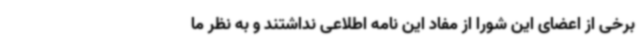
برخی از اعضای این شورا از مفاد این نامه اطلاعی نداشتند و به نظر ما